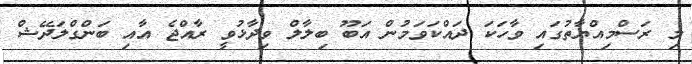
މި ރަސްމިއްޔާތުގައި ވާހަކަ ދައްކަވަމުން އަބޫ ބިލާލް ވިދާޅުވީ ރާއްޖެ އާއި ބަންގްލަދޭޝް